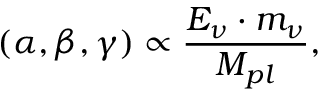
( \alpha , \beta , \gamma ) \propto { \frac { E _ { \nu } \cdot m _ { \nu } } { M _ { p l } } } ,